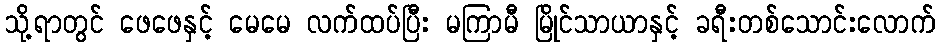
သို့ရာတွင် ဖေဖေနှင့် မေမေ လက်ထပ်ပြီး မကြာမီ မြိုင်သာယာနှင့် ခရီးတစ်သောင်းလောက်